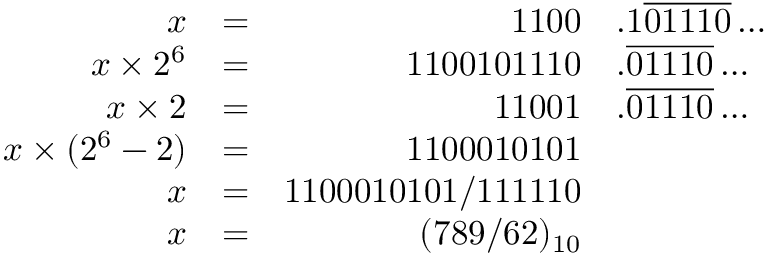
{ \begin{array} { r l r l } { x } & { = } & { 1 1 0 0 } & { . 1 { \overline { { 0 1 1 1 0 } } } \ldots } \\ { x \times 2 ^ { 6 } } & { = } & { 1 1 0 0 1 0 1 1 1 0 } & { . { \overline { { 0 1 1 1 0 } } } \ldots } \\ { x \times 2 } & { = } & { 1 1 0 0 1 } & { . { \overline { { 0 1 1 1 0 } } } \ldots } \\ { x \times ( 2 ^ { 6 } - 2 ) } & { = } & { 1 1 0 0 0 1 0 1 0 1 } \\ { x } & { = } & { 1 1 0 0 0 1 0 1 0 1 / 1 1 1 1 1 0 } \\ { x } & { = } & { ( 7 8 9 / 6 2 ) _ { 1 0 } } \end{array} }